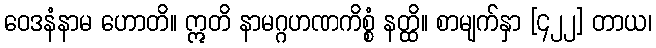
ဝေဒနံနာမ ဟောတိ။ ဣတိ နာမဂ္ဂဟဏကိစ္စံ နတ္ထိ။ စာမျက်နှာ [၄၂၂] တာယ၊